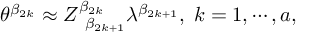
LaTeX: \theta ^ { \beta _ { 2 k } } \approx Z _ { \; \; \beta _ { 2 k + 1 } } ^ { \beta _ { 2 k } } \lambda ^ { \beta _ { 2 k + 1 } } , \; k = 1 , \cdots , a ,